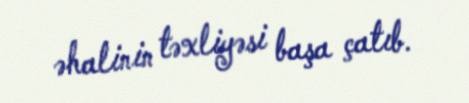
əhalinin təxliyəsi başa çatıb.